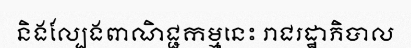
និងល្បែងពាណិជ្ជកម្មនេះ រាជរដ្ឋាភិបាល